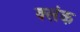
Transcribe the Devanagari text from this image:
क्लंक